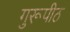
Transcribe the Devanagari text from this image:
गुरूपीठ